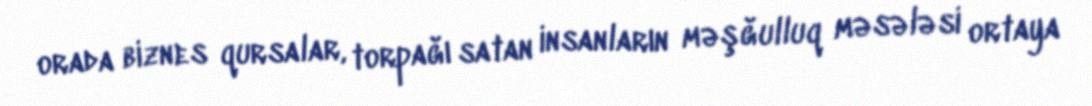
orada biznes qursalar, torpağı satan insanların məşğulluq məsələsi ortaya